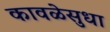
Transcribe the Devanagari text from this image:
कावळेसुधा